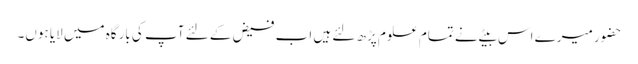
حضور میرے اس بیٹے نے تمام علوم پڑھ لئے ہیں اب فیض کے لئے آپ کی بارگاہ میں لایا ہوں۔